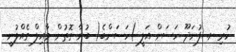
ހުރި ށ. ފުނަދޫ ހަސަން އަލީ )ހަސަންބެ( ބުނާ ގޮތުން މާއިލް ގެއްލުނީ